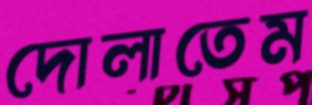
দোলাতেম